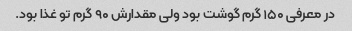
در معرفی ۱۵۰ گرم گوشت بود ولی مقدارش ۹۰ گرم تو غذا بود.